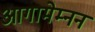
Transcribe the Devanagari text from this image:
आगामेम्नन